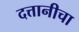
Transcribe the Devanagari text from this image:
दत्तानीचा